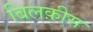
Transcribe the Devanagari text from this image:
बिलक़ीस